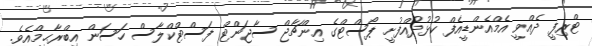
ޓްރިފީ ދެއްވީ އެމްއެންޑީއެފް ކުޅުދުއްފުށީ ޕޯސްޓްގެ އިންޗާޖް ސާޖަންޓް ފަސްޓްކްލާސް ހަސަން އިބްރާޙީމްއެވެ.